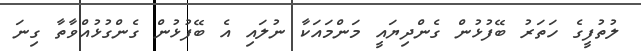
ލުތުފީގެ ހަތަރު ބޭފުޅުން ގެންދިޔައީ މަންމައަކާ ނުލައި އެ ބޭފުޅުން ގެންގުޅުއްވާތާ ގިނަ